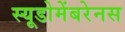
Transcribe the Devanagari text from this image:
स्यूडोमेंबरेनस